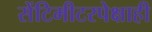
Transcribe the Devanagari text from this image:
सेंटिमीटरपेक्षाही